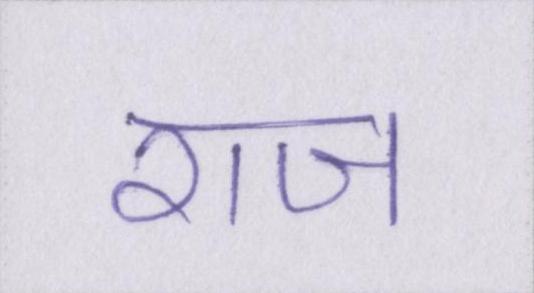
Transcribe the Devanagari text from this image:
राज